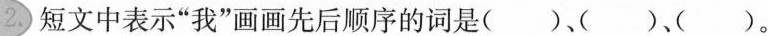
2.短文中表示”我”画画先后顺序的词是()、()、()。